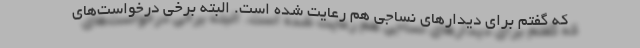
که گفتم برای دیدارهای نساجی هم رعایت شده است. البته برخی درخواست‌های